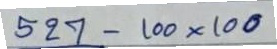
527 - 100 x 100